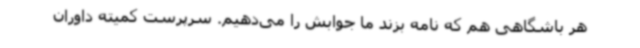
هر باشگاهی هم که نامه بزند ما جوابش را می‌دهیم. سرپرست کمیته داوران